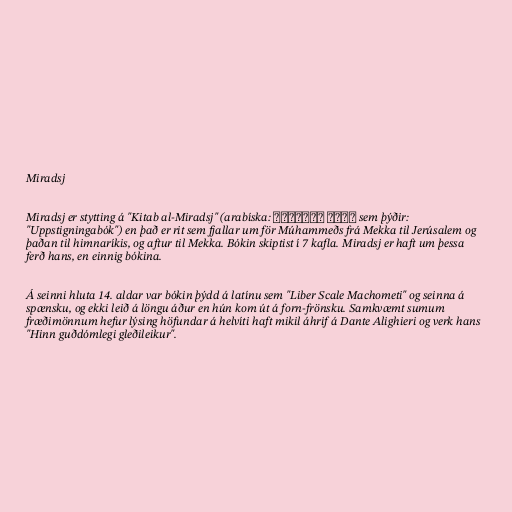
Miradsj

Miradsj er stytting á "Kitab al-Miradsj" (arabíska: كتاب المعراج sem þýðir:
"Uppstigningabók") en það er rit sem fjallar um för Múhammeðs frá Mekka til Jerúsalem og
þaðan til himnaríkis, og aftur til Mekka. Bókin skiptist í 7 kafla. Miradsj er haft um þessa
ferð hans, en einnig bókina.

Á seinni hluta 14. aldar var bókin þýdd á latínu sem "Liber Scale Machometi" og seinna á
spænsku, og ekki leið á löngu áður en hún kom út á forn-frönsku. Samkvæmt sumum
fræðimönnum hefur lýsing höfundar á helvíti haft mikil áhrif á Dante Alighieri og verk hans
"Hinn guðdómlegi gleðileikur".